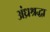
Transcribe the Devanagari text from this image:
अंध्रश्रद्धा